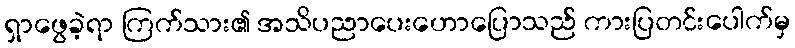
ရှာဖွေခဲ့ရာ ကြက်သား၏ အသိပညာပေးဟောပြောသည် ကားပြတင်းပေါက်မှ